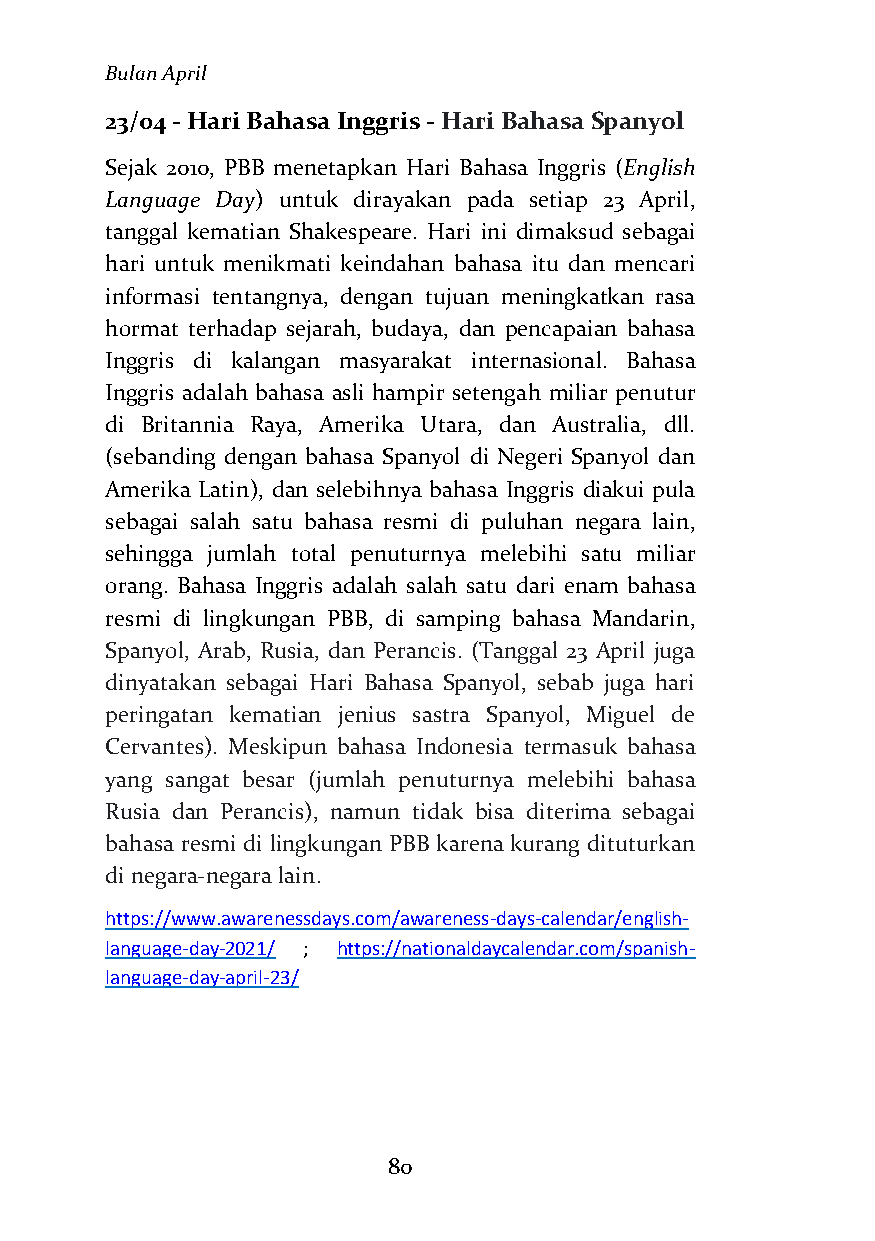
Bulan April
 23/04 - Hari Bahasa Inggris - Hari Bahasa Spanyol
 Sejak 2010, PBB menetapkan Hari Bahasa Inggris (English
 Language Day) untuk dirayakan pada setiap 23 April,
 tanggal kematian Shakespeare. Hari ini dimaksud sebagai
 hari untuk menikmati keindahan bahasa itu dan mencari
 informasi tentangnya, dengan tujuan meningkatkan rasa
 hormat terhadap sejarah, budaya, dan pencapaian bahasa
 Inggris di kalangan masyarakat internasional. Bahasa
 Inggris adalah bahasa asli hampir setengah miliar penutur
 di Britannia Raya, Amerika Utara, dan Australia, dll.
 (sebanding dengan bahasa Spanyol di Negeri Spanyol dan
 Amerika Latin), dan selebihnya bahasa Inggris diakui pula
 sebagai salah satu bahasa resmi di puluhan negara lain,
 sehingga jumlah total penuturnya melebihi satu miliar
 orang. Bahasa Inggris adalah salah satu dari enam bahasa
 resmi di lingkungan PBB, di samping bahasa Mandarin,
 Spanyol, Arab, Rusia, dan Perancis. (Tanggal 23 April juga
 dinyatakan sebagai Hari Bahasa Spanyol, sebab juga hari
 peringatan kematian jenius sastra Spanyol, Miguel de
 Cervantes). Meskipun bahasa Indonesia termasuk bahasa
 yang sangat besar (jumlah penuturnya melebihi bahasa
 Rusia dan Perancis), namun tidak bisa diterima sebagai
 bahasa resmi di lingkungan PBB karena kurang dituturkan
 di negara-negara lain.
 https://www.awarenessdays.com/awareness-days-calendar/english-
 language-day-2021/ ; https://nationaldaycalendar.com/spanish-
 language-day-april-23/
 80